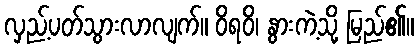
လှည့်ပတ်သွားလာလျက်။ ဝိရဝိ၊ နွားကဲ့သို့ မြည်၏။